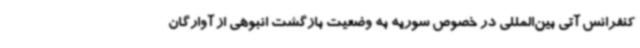
کنفرانس آتی بین‌المللی در خصوص سوریه به وضعیت بازگشت انبوهی از آوارگان